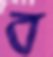
ব